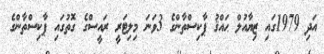
އަދި 1979ގައި ޒިޔާއުލް ޙައްޤު ޕާކިސްތާންގެ 3ވަނަ މިލިޓަރީ ރައީސްގެ ގޮތުގައި ޕާކިސްތާންގެ